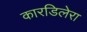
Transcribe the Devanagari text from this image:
कारडिलेरा